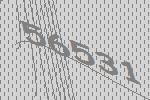
56531